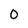
Character: 0